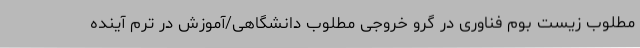
مطلوب زیست بوم فناوری در گرو خروجی مطلوب دانشگاهی/آموزش در ترم آینده